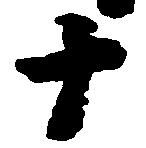
十